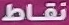
نقاط